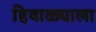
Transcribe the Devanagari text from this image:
हिवाळ्याला